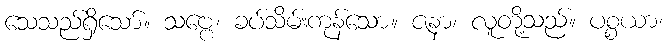
သေသည်ရှိသော်။ သဗ္ဗေ၊ ခပ်သိမ်းကုန်သော။ ဇနာ၊ လူတို့သည်။ ပစ္စယာ၊